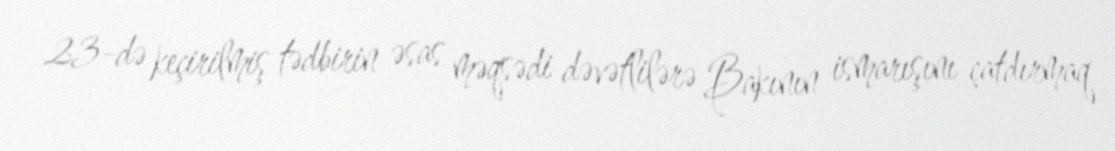
23-də keçirilmiş tədbirin əsas məqsədi dəvətlilərə Bakının ismarışını çatdırmaq